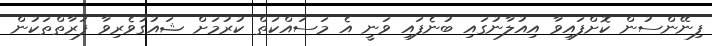
ފިނޭންސުން ކޮށްފައިވާ އިއުލާނުގައި ބުނެފައި ވަނީ އެ މަސައްކަތް ކުރުމަށް ޝައުގުވެރިވާ ފަރާތްތަކުން